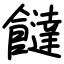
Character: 𩟐